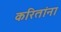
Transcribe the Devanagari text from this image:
करितांना